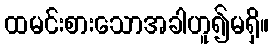
ထမင်းစားသောအခါဟူ၍မရှိ။